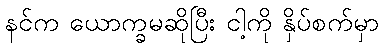
နင်က ယောက္ခမဆိုပြီး ငါ့ကို နှိပ်စက်မှာ